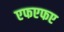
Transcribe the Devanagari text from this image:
एफएफए